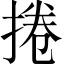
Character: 捲